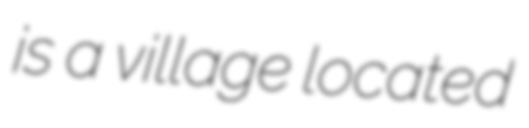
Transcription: is a village located